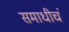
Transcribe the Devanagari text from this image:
समाधीचं